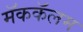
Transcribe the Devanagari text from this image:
मॅककॅलम